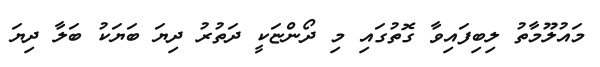
މައުލޫމާތު ލިބިފައިވާ ގޮތުގައި މި ދޯންޏަކީ ދަތުރު ދިޔަ ބަޔަކު ބަލާ ދިޔަ